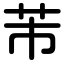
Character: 芾